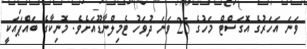
ވަނަ އަހަރުގެ އޮގަސްޓް މަހުގެ 25 ވަނަ ދުވަހު ޓެމިލްނާޑޫއަށެވެ. މޮނިކާގެ ބައްޕައަކީ